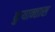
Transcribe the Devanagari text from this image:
कुयान्तास